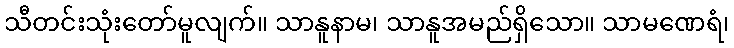
သီတင်းသုံးတော်မူလျက်။ သာနူနာမ၊ သာနူအမည်ရှိသော။ သာမဏေရံ၊